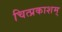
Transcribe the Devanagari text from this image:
चित्प्रकाशम्‌